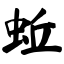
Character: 蚯